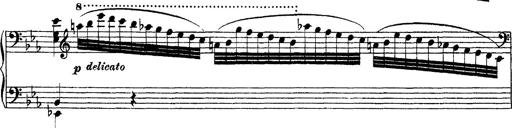
Title: Ã‰tudes d'exÃ©cution transcendante d'aprÃ¨s Paganini
Composer: Franz Liszt